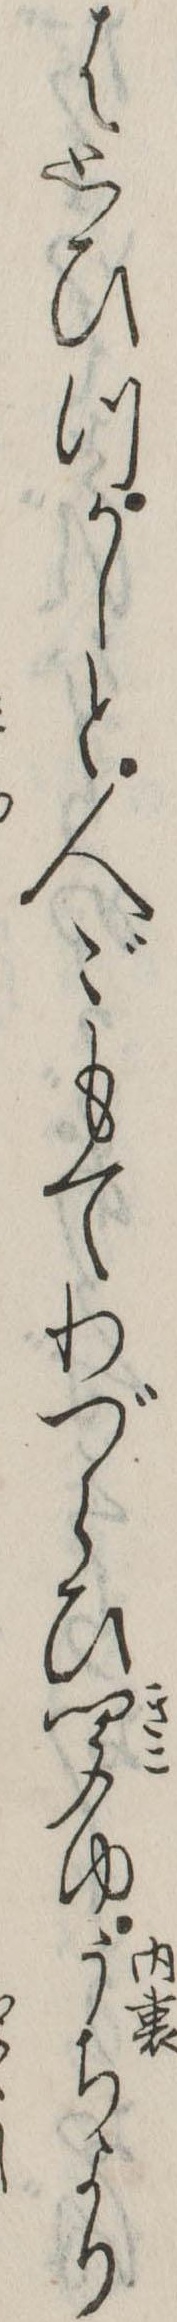
は思ひつかしと人々もてわづらひ聞ゆうちより